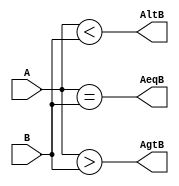
module comp(
	output AltB, AeqB,AgtB,
	input[1:0] A,B
    );

assign AltB = (A<B);
assign AgtB = (A>B);
assign AeqB = (A == B) ;

endmodule